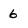
Character: 6